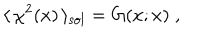
\langle \, \chi ^ { 2 } ( x ) \, \rangle _ { \mathrm { s o l } } = G ( x ; x ) \; ,